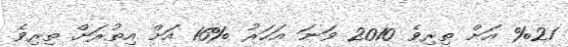
%21 އަށް ތިރިވެ 2010 ވަނަ އަހަރު %16 އަށް އިތުރަށް ތިރިވެ